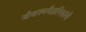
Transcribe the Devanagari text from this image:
जीवाश्मवैज्ञानिकांनी